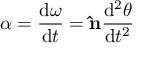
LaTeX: { \boldsymbol { \alpha } } = { \frac { \mathrm { { d } } { \boldsymbol { \omega } } } { \mathrm { { d } } t } } = \mathbf { \hat { n } } { \frac { \mathrm { { d } } ^ { 2 } \theta } { \mathrm { { d } } t ^ { 2 } } }